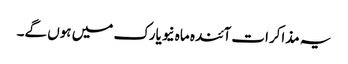
یہ مذاکرات آئندہ ماہ نیویارک میں ہوں گے۔